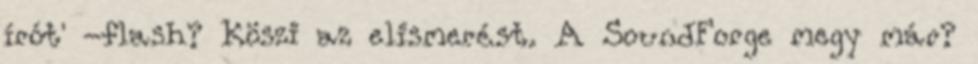
írót' -flash? Köszi az elismerést. A SoundForge megy már?